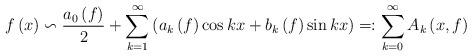
LaTeX: \begin{align*}f\left( x\right) \backsim \frac{a_{0}\left( f\right) }{2}+\sum\limits_{k=1}^{\infty }\left( a_{k}\left( f\right) \cos kx+b_{k}\left(f\right) \sin kx\right) =:\sum\limits_{k=0}^{\infty }A_{k}\left( x,f\right)\end{align*}